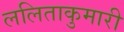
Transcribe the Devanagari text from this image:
ललिताकुमारी